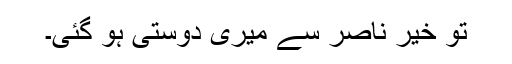
تو خیر ناصر سے میری دوستی ہو گئی۔